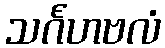
သင်္ဂဟဗလံ